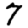
Digit: 7